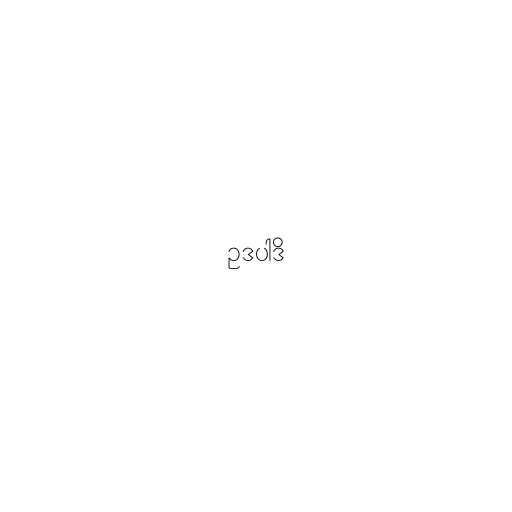
ဥဒပါဒိ